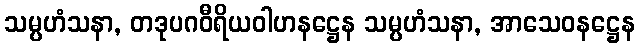
သမ္ပဟံသနာ, တဒုပဂဝီရိယဝါဟနဋ္ဌေန သမ္ပဟံသနာ, အာသေဝနဋ္ဌေန